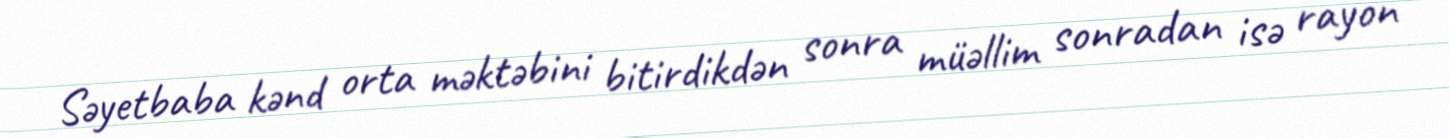
Səyetbaba kənd orta məktəbini bitirdikdən sonra müəllim sonradan isə rayon